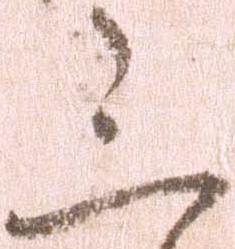
三